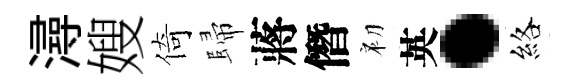
潯嫂倚歸蔣僭初英·絡